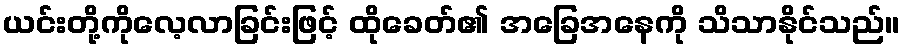
ယင်းတို့ကိုလေ့လာခြင်းဖြင့် ထိုခေတ်၏ အခြေအနေကို သိသာနိုင်သည်။